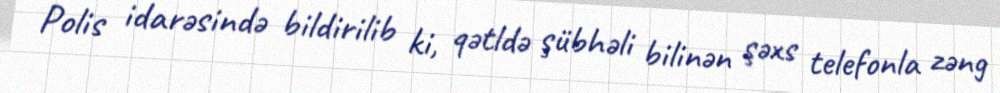
Polis idarəsində bildirilib ki, qətldə şübhəli bilinən şəxs telefonla zəng